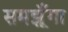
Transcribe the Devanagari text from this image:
समझूँगा